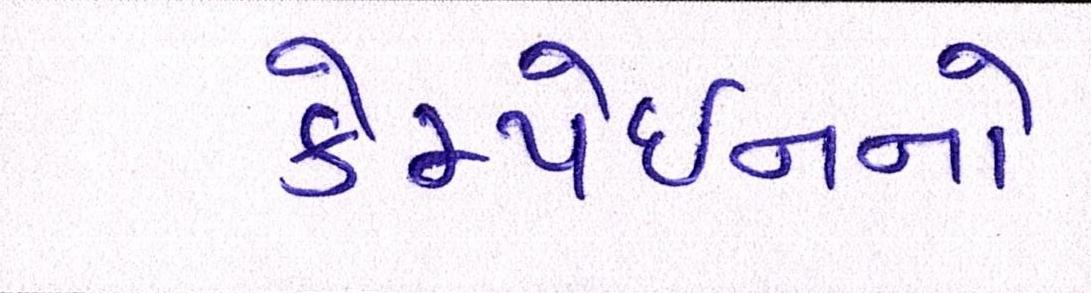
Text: કેમ્પેઈનનો